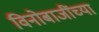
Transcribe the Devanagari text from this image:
विनोबाजींच्या